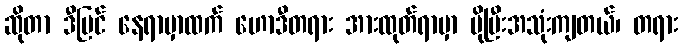
ဆိုတာ ဒီပြင် နေရာမှာထက် ဟောဒီတရား အားထုတ်ရာမှာ ပိုပြီးအသုံးကျတယ်၊ တရား